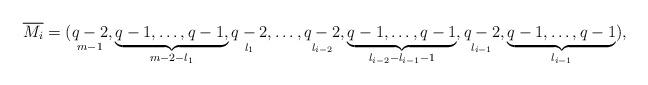
LaTeX: \begin{align*}\overline{M_i}=(\mathop{q-2}\limits_{m-1},\underbrace{q-1, \ldots, q-1,}_{m-2-l_1} \mathop{q-2}\limits_{l_1},\ldots,\mathop{q-2}_{l_{i-2}},\underbrace{q-1, \ldots, q-1}_{ l_{i-2}-l_{i-1}-1},\mathop{q-2}_{l_{i-1}},\underbrace{q-1, \ldots, q-1}_{l_{i-1}}),\end{align*}